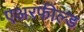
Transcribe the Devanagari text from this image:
एअरफील्ड